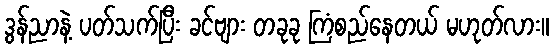
ဒွန်ညာနဲ့ ပတ်သက်ပြီး ခင်ဗျား တခုခု ကြံစည်နေတယ် မဟုတ်လား။